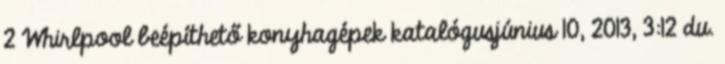
2 Whirlpool beépíthető konyhagépek katalógusjúnius 10, 2013, 3:12 du.